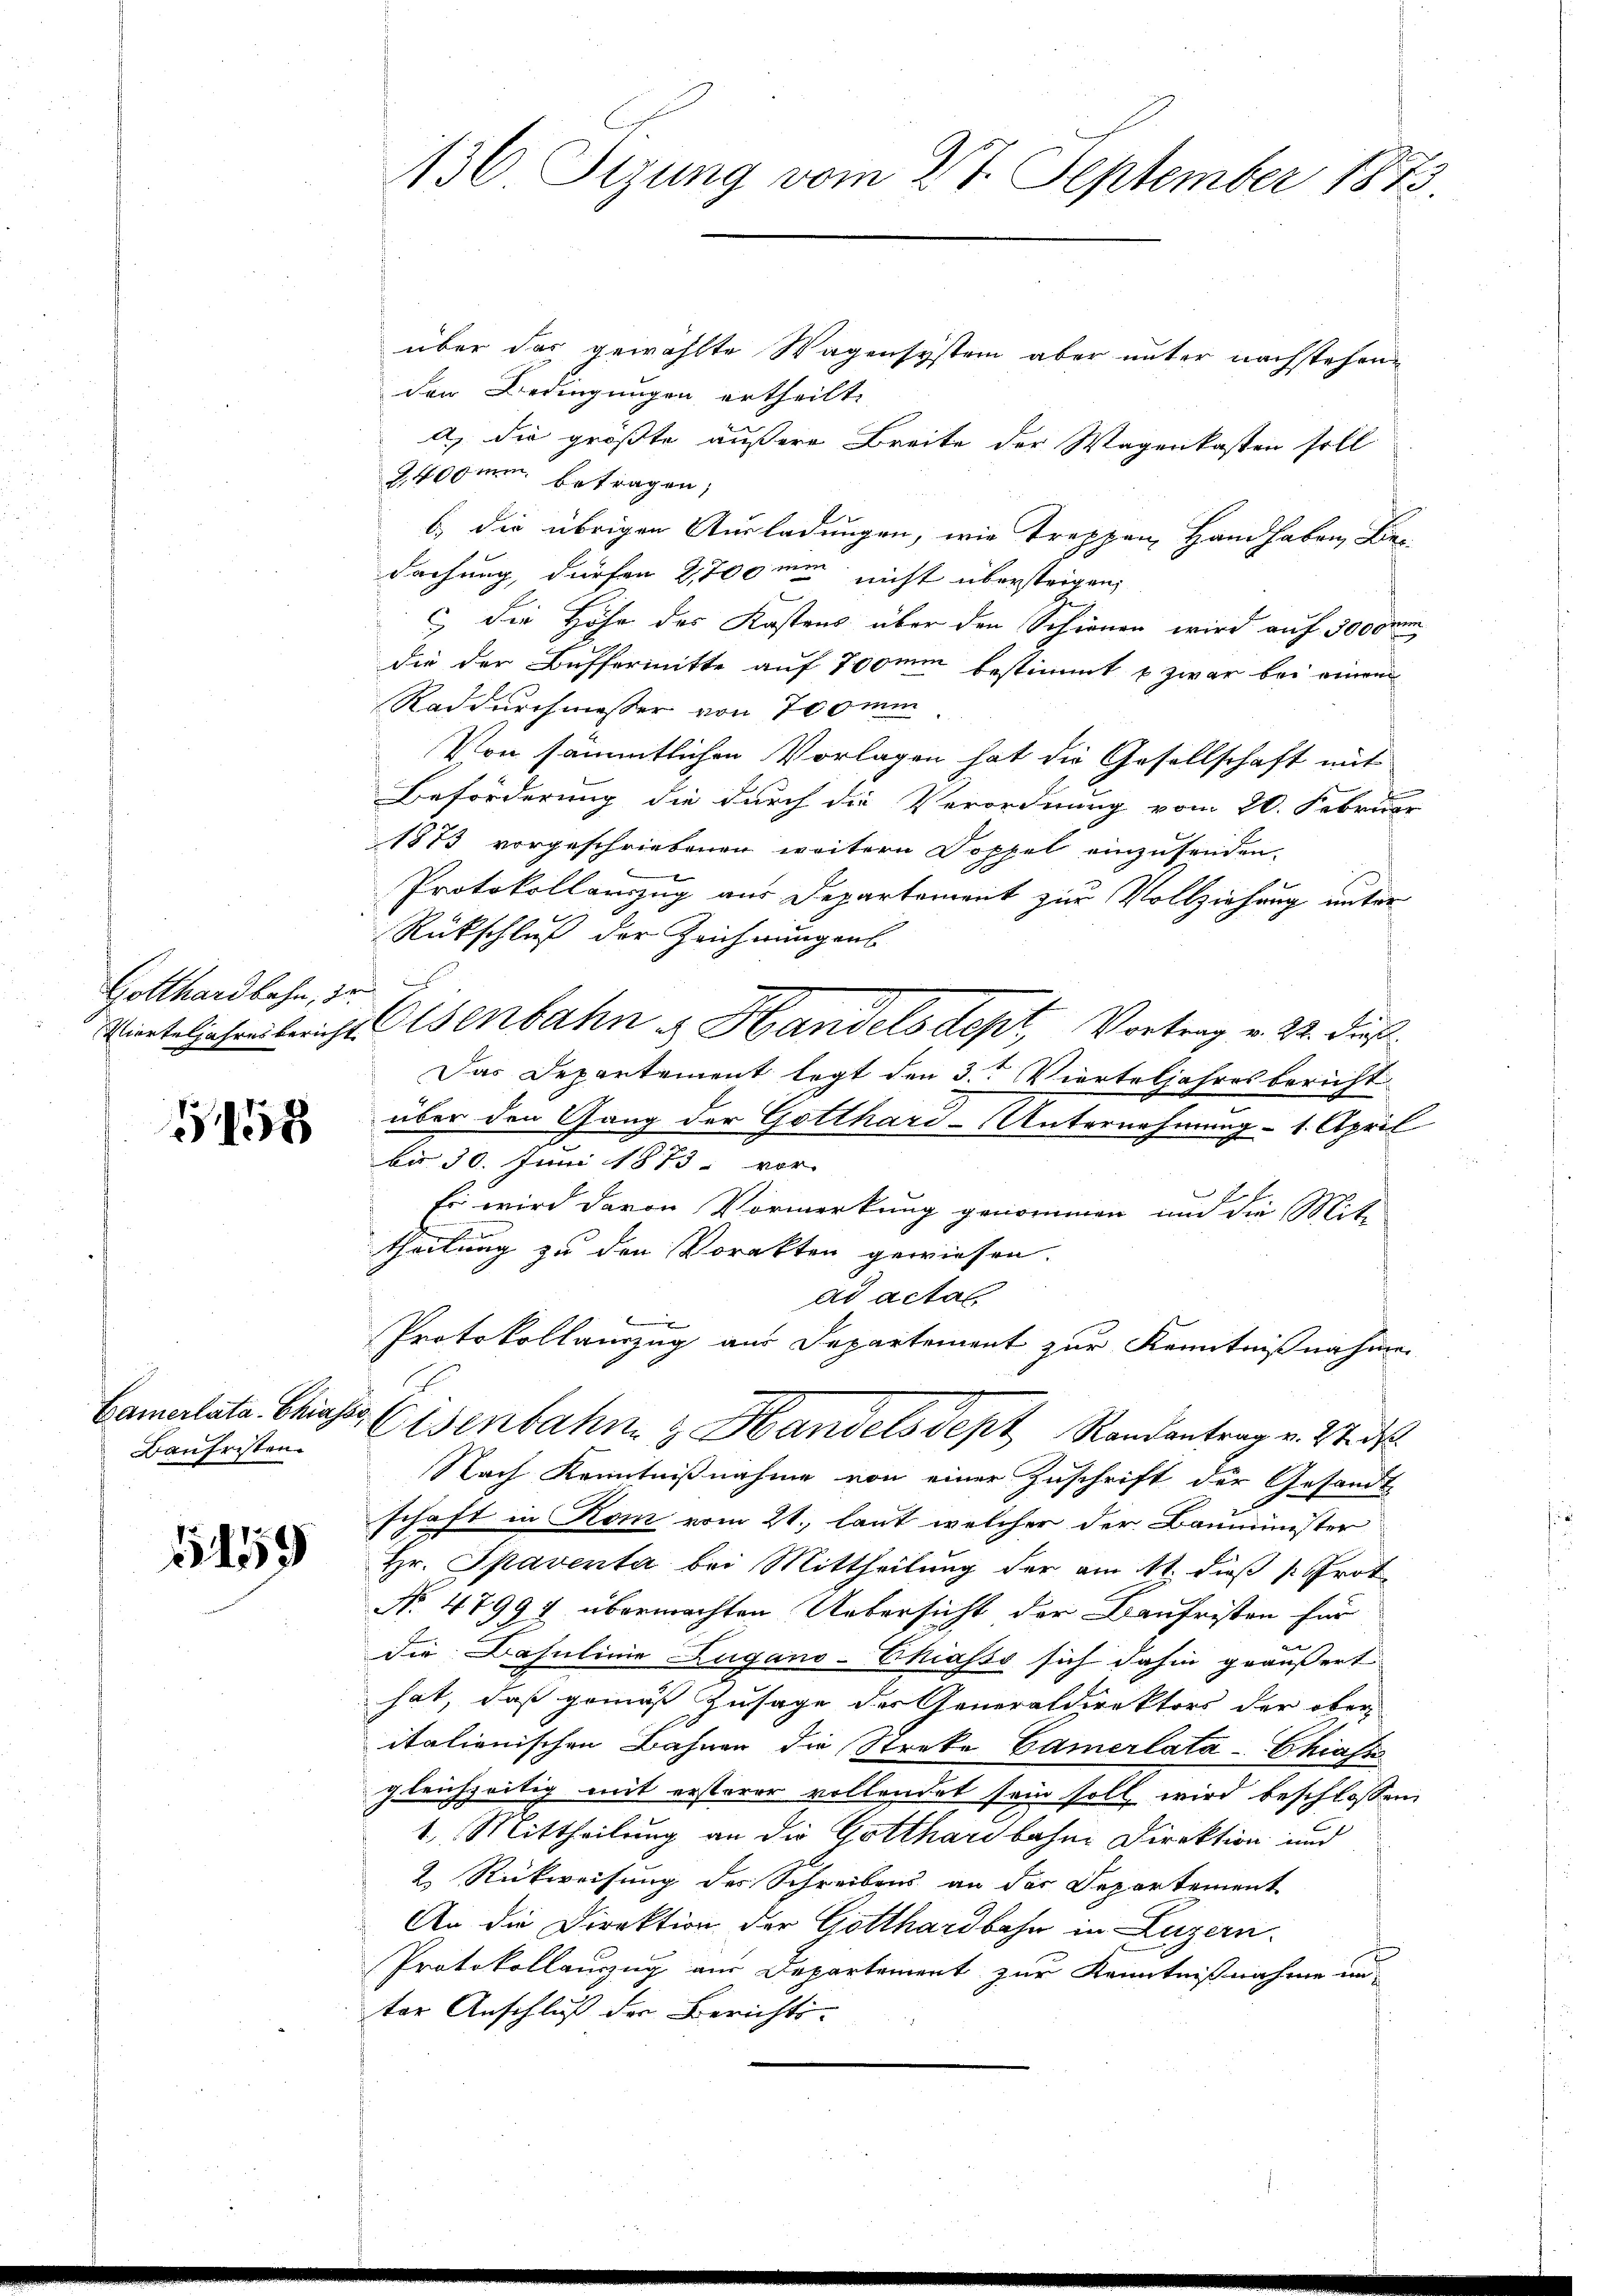
Gotthardbahn, de

48

Baufristen.

1459

über das gewählte Wagensystem aber unter nachstehenden Bedingungen ertheilt.
a) Die größte äußere Breite der Wagenkasten soll
9,400mm. betragen,
b
6) die übrigen Ausladungen, wie Treppen Handhaben, Bie
dachung, dürfen 2,700 me nicht übersteigen,
 die Höhe des Kastens über den Schienen wird auf 3000
die der Buffermitte auf Tomm bestimmt & zwar bei einem
Raddurchmesser von Termin
Von sämmtlichen Vorlagen hat die Gesellschaft mit
Beförderung die durch die Verordnung vom 20. Februar
1873 vorgeschriebenen weitern Doppel einzusenden.
Protokollauszug aus Departement zur Vollziehung unter
Rückschluß der Zeichnungens
Vierteljahresbericht Osenbahn u. Handelsdept, Vortrag v. 22. dieß
Das Departement legt den 3. Vierteljahresbericht
über den Gang der Gotthard-Unternehmung - 1. April
bi 30. Juni 1873 vor.
Es wird davon Vormerkung genommen und die Mit-
theilung zu den Vorakten gewiesen.
ad actat
Protokollanzug aus Departement zur Kenntnißnahmen
Camalata Chises Eisenbahren & Handels dept Randantrag v. 27. d.
Nach Kenntnißnahme von einer Zuschrift der Gesandts
schaft in Kom vom 21., laut welcher der Bauminister
Hr. Spaventa bei Mittheilung der am 11. dieß Prot
No 47994 übermachten Uebersicht der Baufristen für
die Basulinie Zugano-Chiasso sich dahin geäußert
hat, daß gemäß Zusage des Generaldirektors der ober
italienischen Bahnen die Streke Camerlata-Chiassi
gleichzeitig mit ersterer vollendet sein soll wird beschlossen
1. Mittheilung an die Gotthardbahne Direktion und
2. Rückweisung des Schreibens an der Separtement
An die Direktion der Gotthardbahn in Luzern.
Protokollauszug aus Departement zur Kenntnißnahme und
ter Anschluß der Berichts-

136 Sizung vom 27. September 1873.